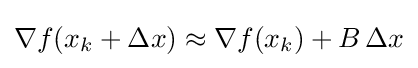
\nabla f(x_{k}+\Delta x)\approx \nabla f(x_{k})+B\,\Delta x